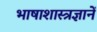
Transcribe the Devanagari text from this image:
भाषाशास्त्रज्ञानें